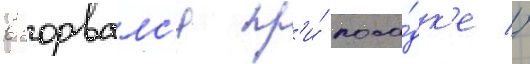
взорвалс'я пр'и́ поса́дк'е //